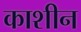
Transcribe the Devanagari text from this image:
काशीन